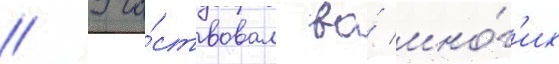
// Уча́ствовал во́ мно́г'их